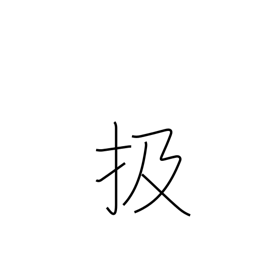
Meaning: strip